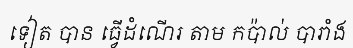
ទៀត បាន ធ្វើដំណើរ តាម កប៉ាល់ បារាំង